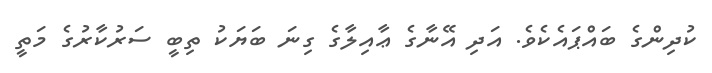
ކުދިންގެ ބައްޕައެކެވެ. އަދި އޭނާގެ ޢާއިލާގެ ގިނަ ބަޔަކު ތިބީ ސަރުކާރުގެ މަތީ